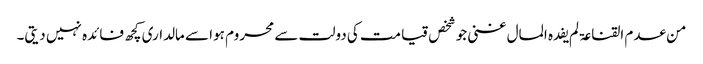
من عدم القناعۃ لم یفدہ المال غنی جو شخص قیامت کی دولت سے محروم ہوا سے مالداری کچھ فائدہ نہیں دیتی۔